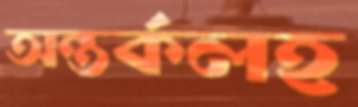
অন্তর্কলহ